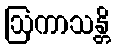
ဩကာသန္တိ